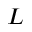
L